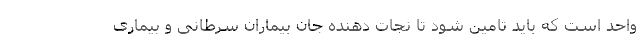
واحد است که باید تامین شود تا نجات دهنده جان بیماران سرطانی و بیماری